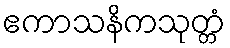
ဧကာသနိကသုတ္တံ